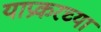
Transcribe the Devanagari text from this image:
याप्रकरच्या